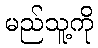
မည်သူ့ကို